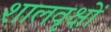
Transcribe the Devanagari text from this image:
शालवृक्षों